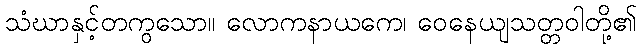
သံဃာနှင့်တကွသော။ လောကနာယကေ၊ ဝေနေယျသတ္တဝါတို့၏